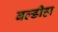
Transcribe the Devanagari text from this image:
बल्डीहा